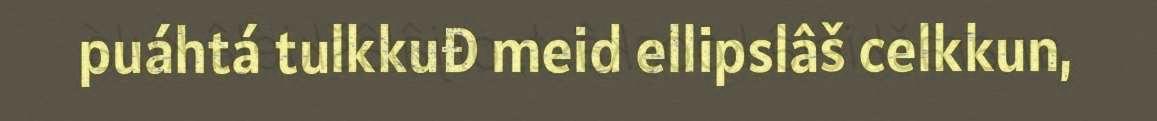
puáhtá tulkkuđ meid ellipslâš celkkun,